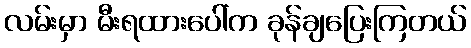
လမ်းမှာ မီးရထားပေါ်က ခုန်ချပြေးကြတယ်